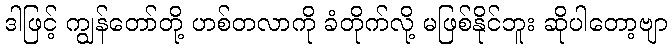
ဒါဖြင့် ကျွန်တော်တို့ ဟစ်တလာကို ခံတိုက်လို့ မဖြစ်နိုင်ဘူး ဆိုပါတော့ဗျာ